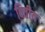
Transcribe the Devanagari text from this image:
वित्तीय़